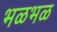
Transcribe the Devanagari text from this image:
भळभळ